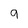
Character: 9